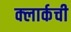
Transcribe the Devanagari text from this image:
क्‍लार्कची